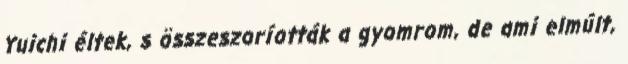
Yuichi éltek, s összeszoríották a gyomrom, de ami elmúlt,